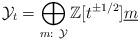
LaTeX: \begin{align*}\mathcal{Y}_t=\bigoplus_{m: \ \mathcal{Y}}\mathbb{Z}[t^{\pm 1/2}]\underline{m}\end{align*}